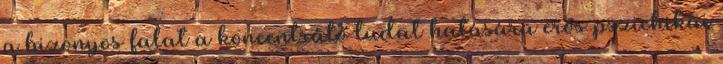
a bizonyos falat a koncentráló tudat hatására erős pszichikai